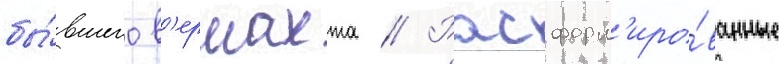
бы́вшего в'ермахта // Расформ'иро́ванные